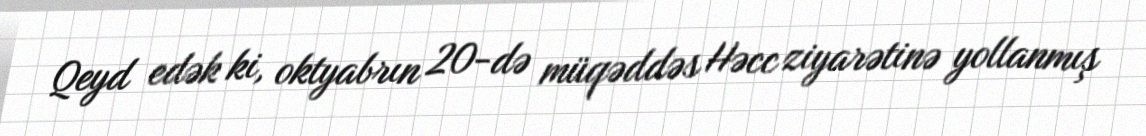
Qeyd edək ki, oktyabrın 20-də müqəddəs Həcc ziyarətinə yollanmış